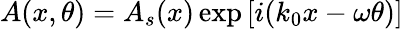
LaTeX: A(x,\theta)=A_{s}(x)\exp\left[i(k_{0}x-\omega\theta)\right]